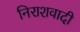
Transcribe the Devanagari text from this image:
निराशवादी